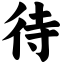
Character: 待